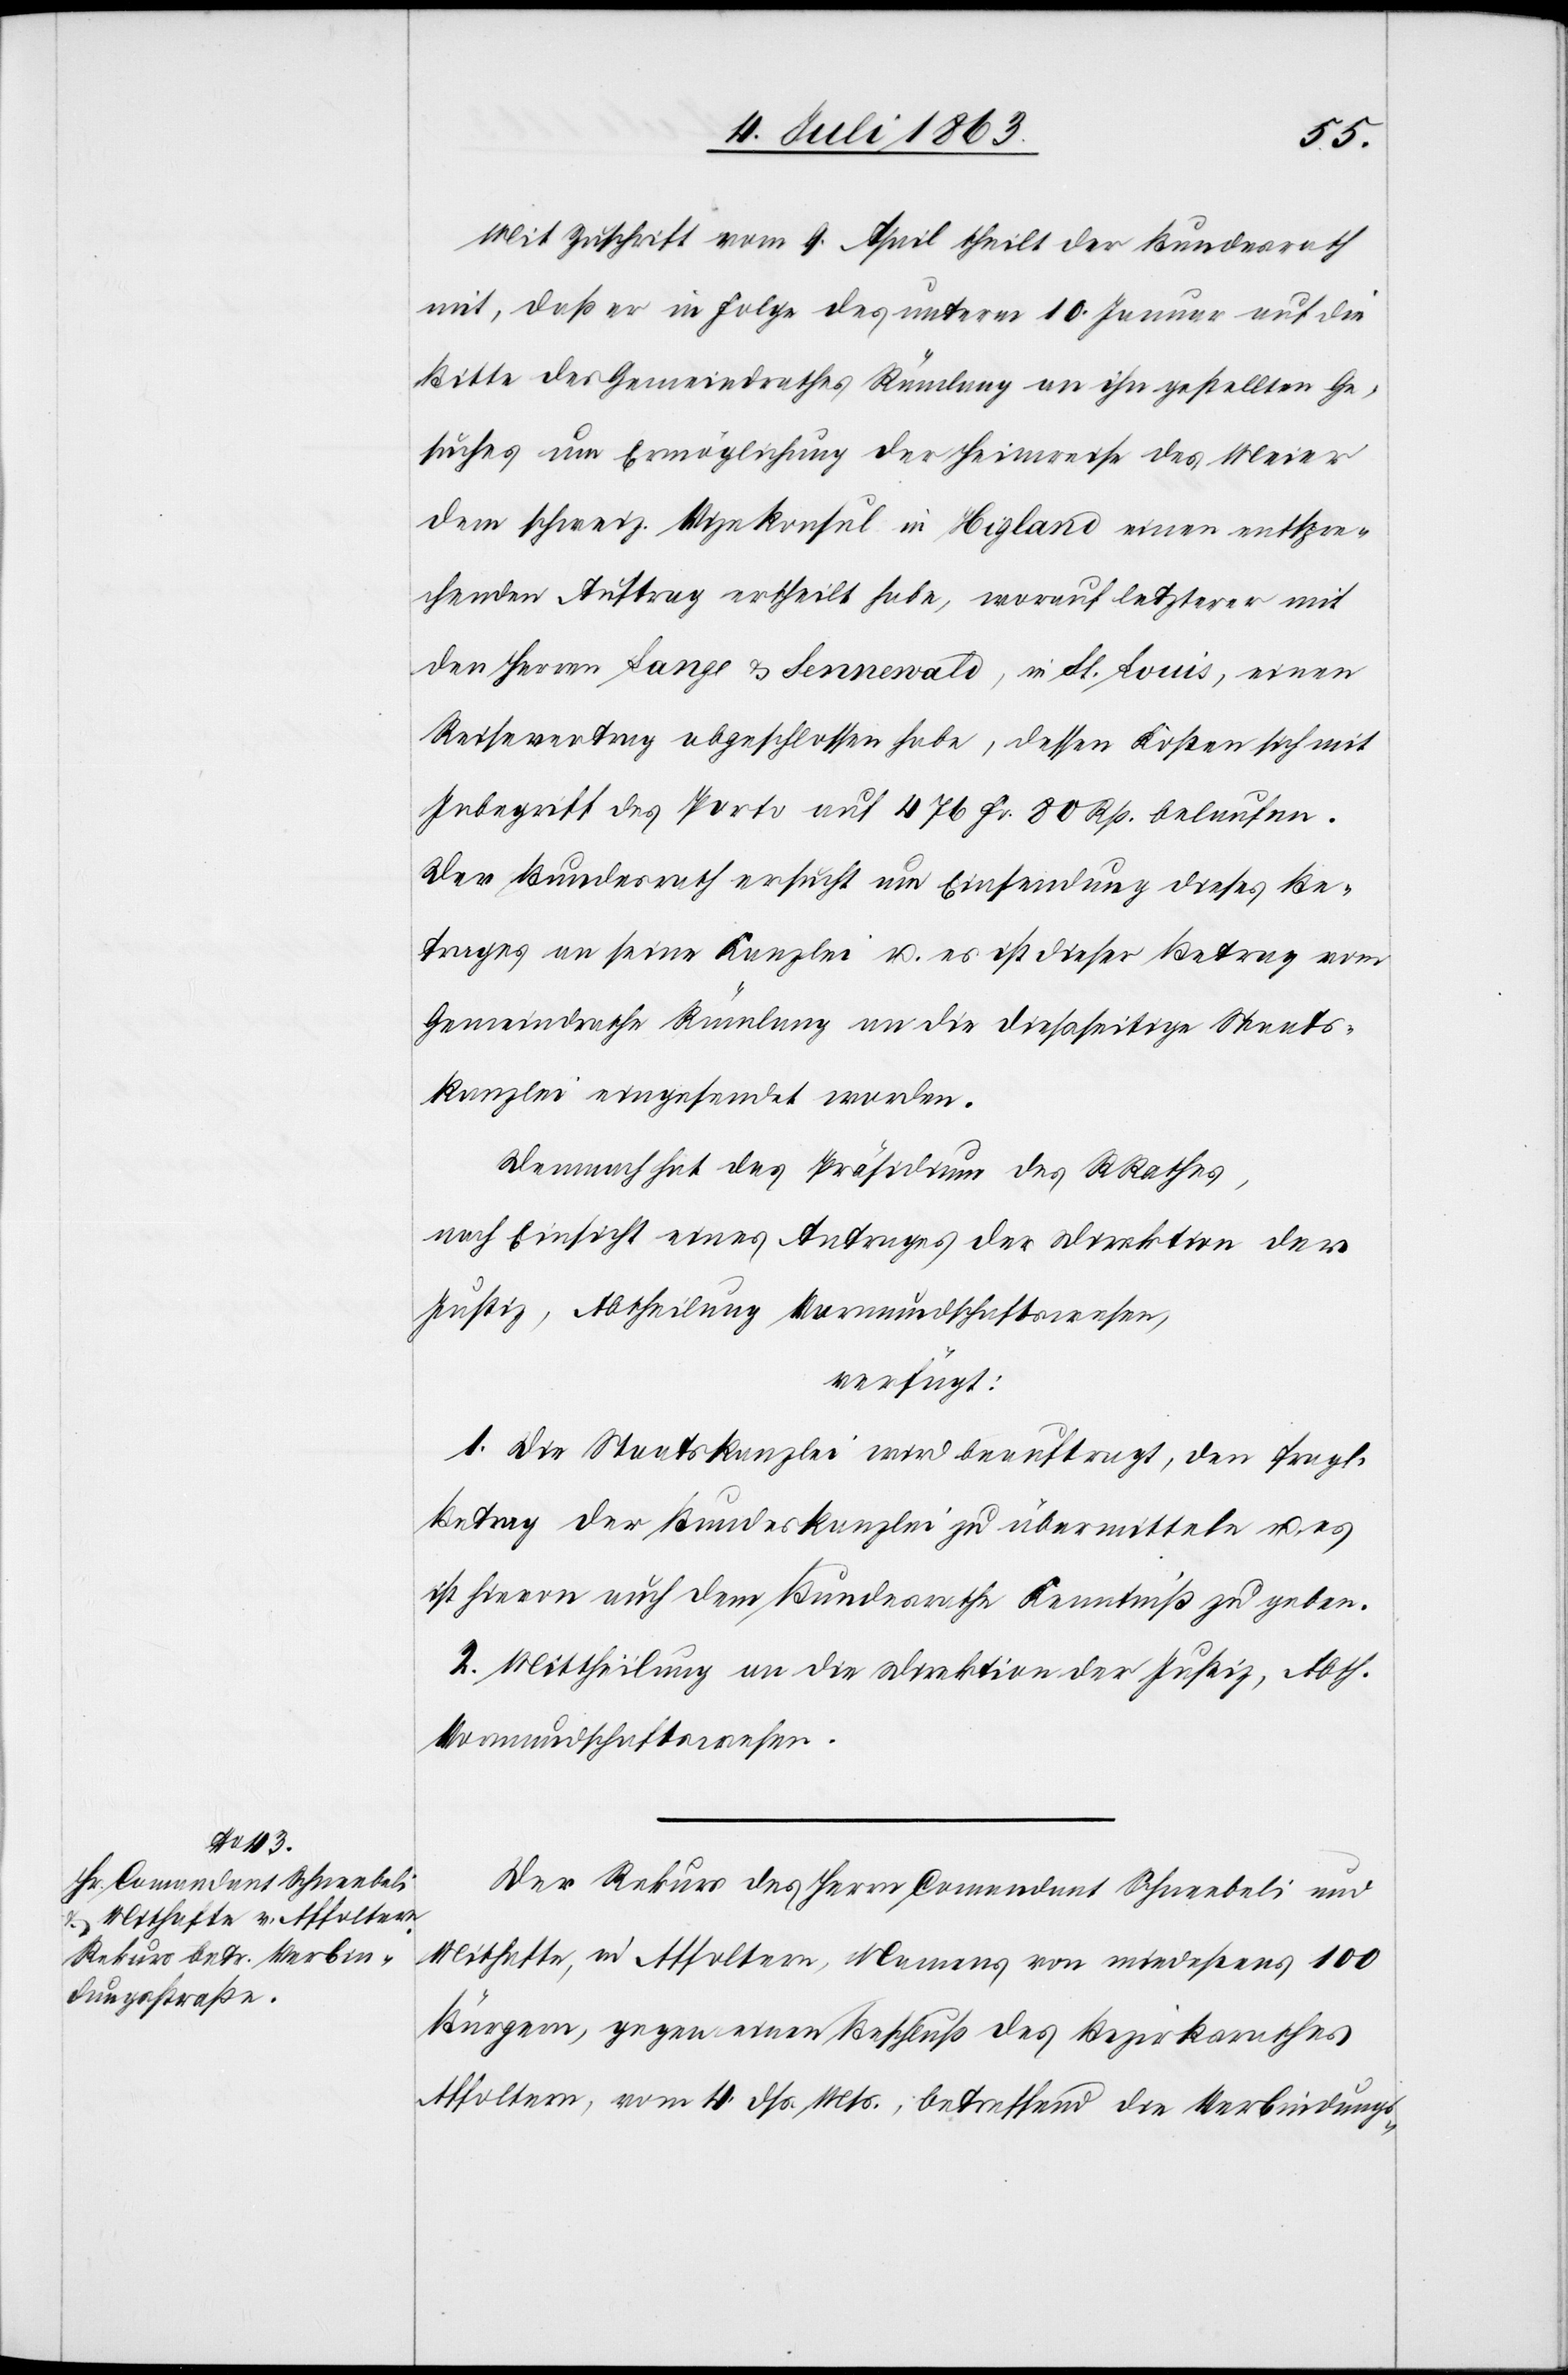
6. Juli 1863.]
Mit Zuschrift vom 9. April theilt der Bundesrath
mit, daß er in Folge des unterm 10. Januar auf die
Bitte des Gemeindrathes Rümlang an ihn gestellten Ge¬
suches um Ermöglichung der Heimreise des Meier
dem schweiz. Vizekonsul in Hig[h]land einen entspre¬
chenden Auftrag ertheilt habe, worauf letzterer mit
den Herren Lange & Sennewald, in St. Louis, einen
Reisevertrag abgeschlossen habe, dessen Kosten sich mit
Inbegriff des Porto auf 476 Fr. 80 Rp. belaufen.
Der Bundesrath ersucht um Einsendung dieses Be¬
trages an seine Kanzlei u. es ist dieser Betrag vom
Gemeindrathe Rümlang an die dießseitige Staats¬
kanzlei eingesendet worden.
Demnach hat das Präsidium des RRathes,
nach Einsicht eines Antrages der Direktion der
Justiz, Abtheilung Vormundschaftswesen,
verfügt:
1. Die Staatskanzlei wird beauftragt, den fragl.
Betrag der Bundeskanzlei zu übermitteln u. es
ist hievon auch dem Bundesrathe Kenntniß zu geben.
2. Mittheilung an die Direktion der Justiz, Abth.
Vormundschaftswesen.
Der Rekurs des Herrn Comandant Schneebeli und
Mithafte, in Affoltern, Namens von mindestens 100
Bürgern, gegen einen Beschluß des Bezirksrathes
Affoltern, vom 4. dß. Mts., betreffend die Verbindungs-